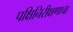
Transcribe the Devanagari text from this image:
पक्षिनिरीक्षणाचा